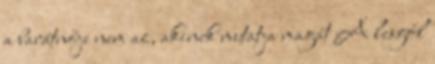
a barátnője nem az, akinek mutatja magát A lesgól